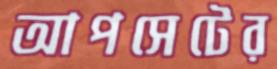
আপসেটের